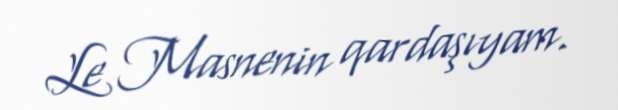
Le Masnenin qardaşıyam.